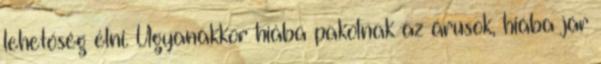
lehetőség élni. Ugyanakkor hiába pakolnak az árusok, hiába jár